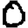
Digit: 0